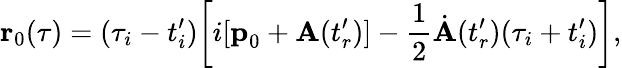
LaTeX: \textbf{r}_{0}(\tau)=(\tau_{i}-t_{i}^{\prime})\biggl[i[\textbf{p}_{0}+\textbf{A}(t_{r}^{\prime})]-\frac{1}{2}\dot{\textbf{A}}(t_{r}^{\prime})(\tau_{i}+t_{i}^{\prime})\biggr],